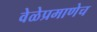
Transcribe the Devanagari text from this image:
वेळेप्रमाणेच